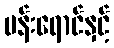
ပန်းရောင်နှင့်